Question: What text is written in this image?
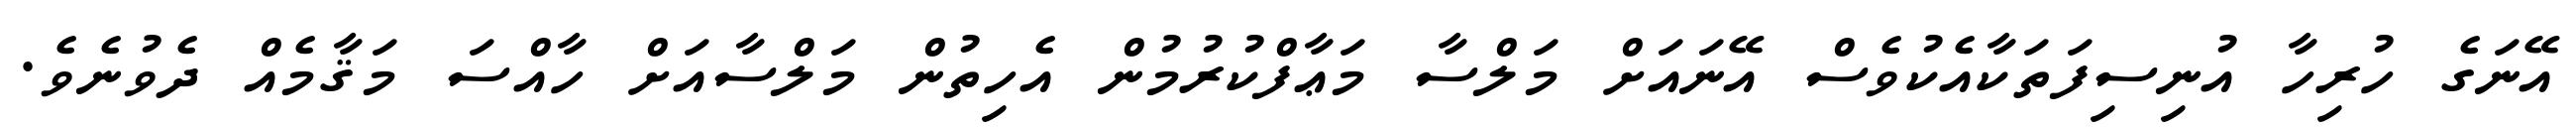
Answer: އޭނަގެ ހުރިހާ އުނިސިފަތަކާއެކުވެސް އޭނައަށް މަލްސާ މަޢާފްކުރުމުން އެހިތުން މަލްސާއަށް ހާއްސަ މަޤާމެއް ދެވުނެވެ.